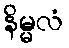
နိမ္မလံ